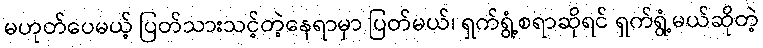
မဟုတ်ပေမယ့် ပြတ်သားသင့်တဲ့နေရာမှာ ပြတ်မယ်၊ ရှက်ရွံ့စရာဆိုရင် ရှက်ရွံ့မယ်ဆိုတဲ့